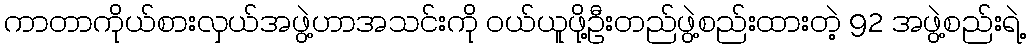
ကာတာကိုယ်စားလှယ်အဖွဲ့ဟာအသင်းကို ဝယ်ယူဖို့ဦးတည်ဖွဲ့စည်းထားတဲ့ 92 အဖွဲ့စည်းရဲ့